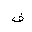
Letter: _fa